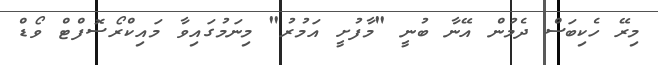
މިރޭ ހެކިބަސް ދެމުން އޭނާ ބުނީ "މާފުށީ އަމުރު" މިނަމުގައިވާ މައިކްރޯސޮފްޓް ވޯޑް